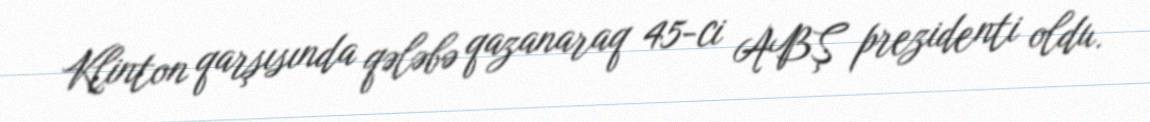
Klinton qarşısında qələbə qazanaraq 45-ci ABŞ prezidenti oldu.